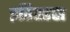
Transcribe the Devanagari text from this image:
इतिह्हस